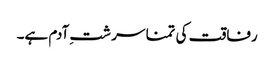
رفاقت کی تمنا سر شتِ آدم ہے۔